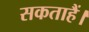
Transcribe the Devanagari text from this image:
सकताहैं।